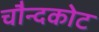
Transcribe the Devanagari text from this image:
चौन्दकोट